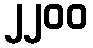
၂၂၀၀